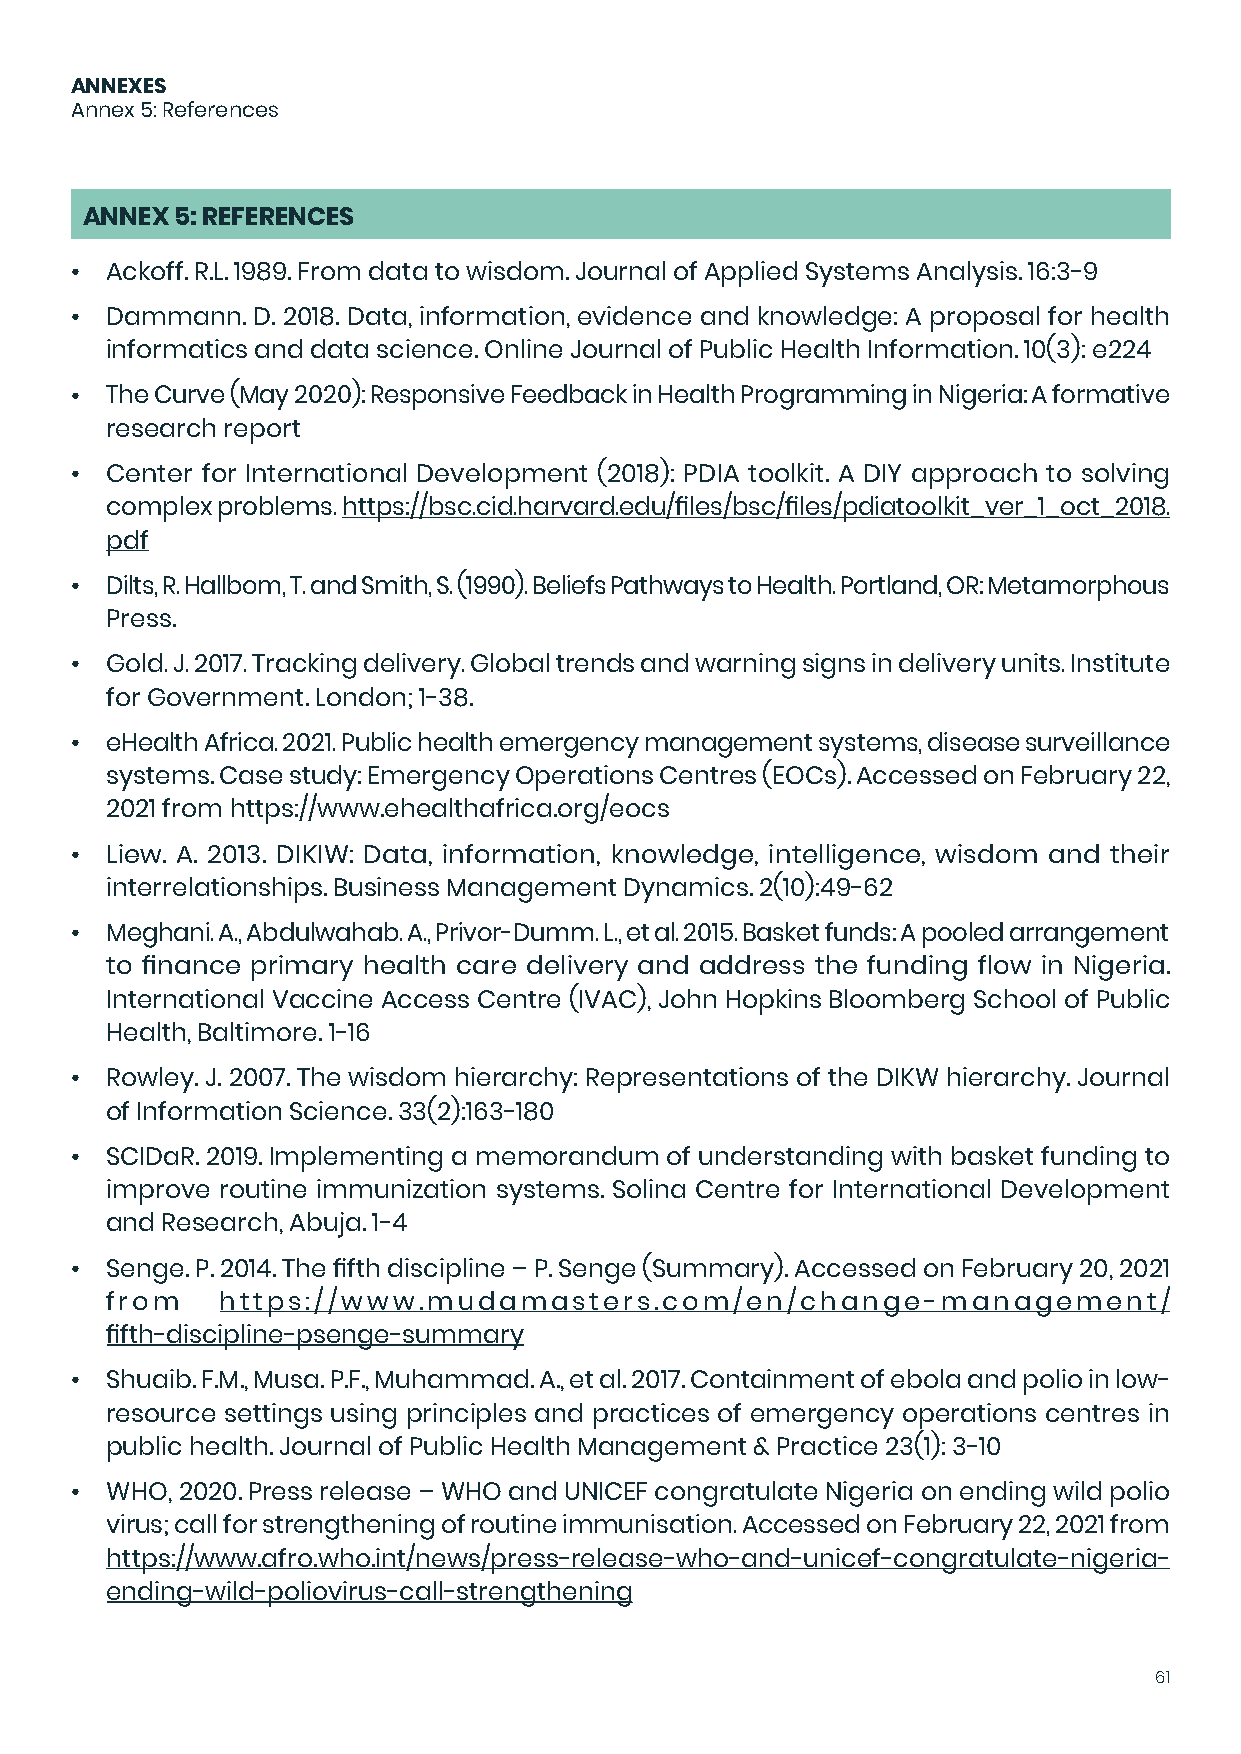
ANNEXES
 Annex 5: References
 ANNEX  5: REFERENCES
 • Ackoff. R.L. 1989. From data to wisdom. Journal of Applied Systems Analysis. 16:3-9
 • Dammann.  D. 2018. Data, information, evidence and knowledge: A proposal for health
 informatics and data science. Online Journal of Public Health Information. 10(3): e224
 • The Curve (May 2020): Responsive Feedback in Health Programming in Nigeria: A formative
 research report
 • Center for International Development (2018): PDIA toolkit. A DIY approach to solving
 complex problems. https://bsc.cid.harvard.edu/files/bsc/files/pdiatoolkit_ver_1_oct_2018.
 pdf
 • Dilts, R. Hallbom, T. and Smith, S. (1990). Beliefs Pathways to Health. Portland, OR: Metamorphous
 Press.
 • Gold. J. 2017. Tracking delivery. Global trends and warning signs in delivery units. Institute
 for Government. London; 1-38.
 • eHealth Africa. 2021. Public health emergency management systems, disease surveillance
 systems. Case study: Emergency Operations Centres (EOCs). Accessed on February 22,
 2021 from https://www.ehealthafrica.org/eocs
 • Liew. A. 2013. DIKIW: Data, information, knowledge, intelligence, wisdom and their
 interrelationships. Business Management Dynamics. 2(10):49-62
 • Meghani. A., Abdulwahab. A., Privor-Dumm. L., et al. 2015. Basket funds: A pooled arrangement
 to finance primary health care delivery and address the funding flow in Nigeria.
 International Vaccine Access Centre (IVAC), John Hopkins Bloomberg School of Public
 Health, Baltimore. 1-16
 • Rowley. J. 2007. The wisdom hierarchy: Representations of the DIKW hierarchy. Journal
 of Information Science. 33(2):163-180
 • SCIDaR. 2019. Implementing a memorandum of understanding with basket funding to
 improve routine immunization systems. Solina Centre for International Development
 and Research, Abuja. 1-4
 • Senge. P. 2014. The fifth discipline – P. Senge (Summary). Accessed on February 20, 2021
 from    https://www.mudamasters.com/en/change-management/
 fifth-discipline-psenge-summary
 • Shuaib. F.M., Musa. P.F., Muhammad. A., et al. 2017. Containment of ebola and polio in low-
 resource settings using principles and practices of emergency operations centres in
 public health. Journal of Public Health Management & Practice 23(1): 3-10
 • WHO, 2020. Press release – WHO and UNICEF congratulate Nigeria on ending wild polio
 virus; call for strengthening of routine immunisation. Accessed on February 22, 2021 from
 https://www.afro.who.int/news/press-release-who-and-unicef-congratulate-nigeria-
 ending-wild-poliovirus-call-strengthening
 61